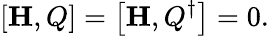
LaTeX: \left[{\mathbf H},Q\right]=\left[{\mathbf H},Q^{\dagger}\right]=0.